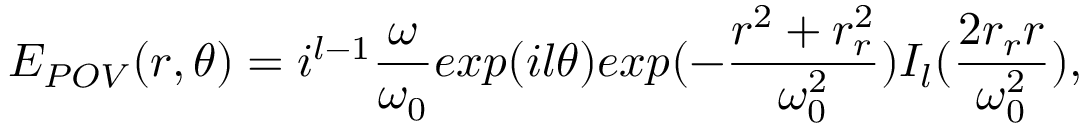
E _ { P O V } ( r , \theta ) = i ^ { l - 1 } \frac { \omega } { \omega _ { 0 } } e x p ( i l \theta ) e x p ( - \frac { r ^ { 2 } + r _ { r } ^ { 2 } } { \omega _ { 0 } ^ { 2 } } ) I _ { l } ( \frac { 2 r _ { r } r } { \omega _ { 0 } ^ { 2 } } ) ,